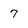
Character: 7